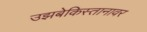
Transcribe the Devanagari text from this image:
उझबेकिस्तानावर